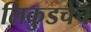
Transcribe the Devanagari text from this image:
लिकुडचेच